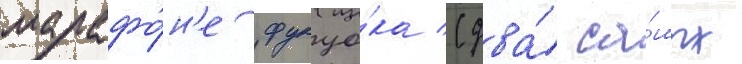
марафо́н'е фукуо́ка (два́ са́мых